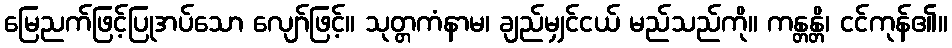
မြေညက်ဖြင့်ပြုအပ်သော လျော်ဖြင့်။ သုတ္တကံနာမ၊ ချည်မျှင်ငယ် မည်သည်ကို။ ကန္တန္တိ၊ ငင်ကုန်၏။